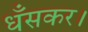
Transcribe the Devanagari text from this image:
धँसकर।